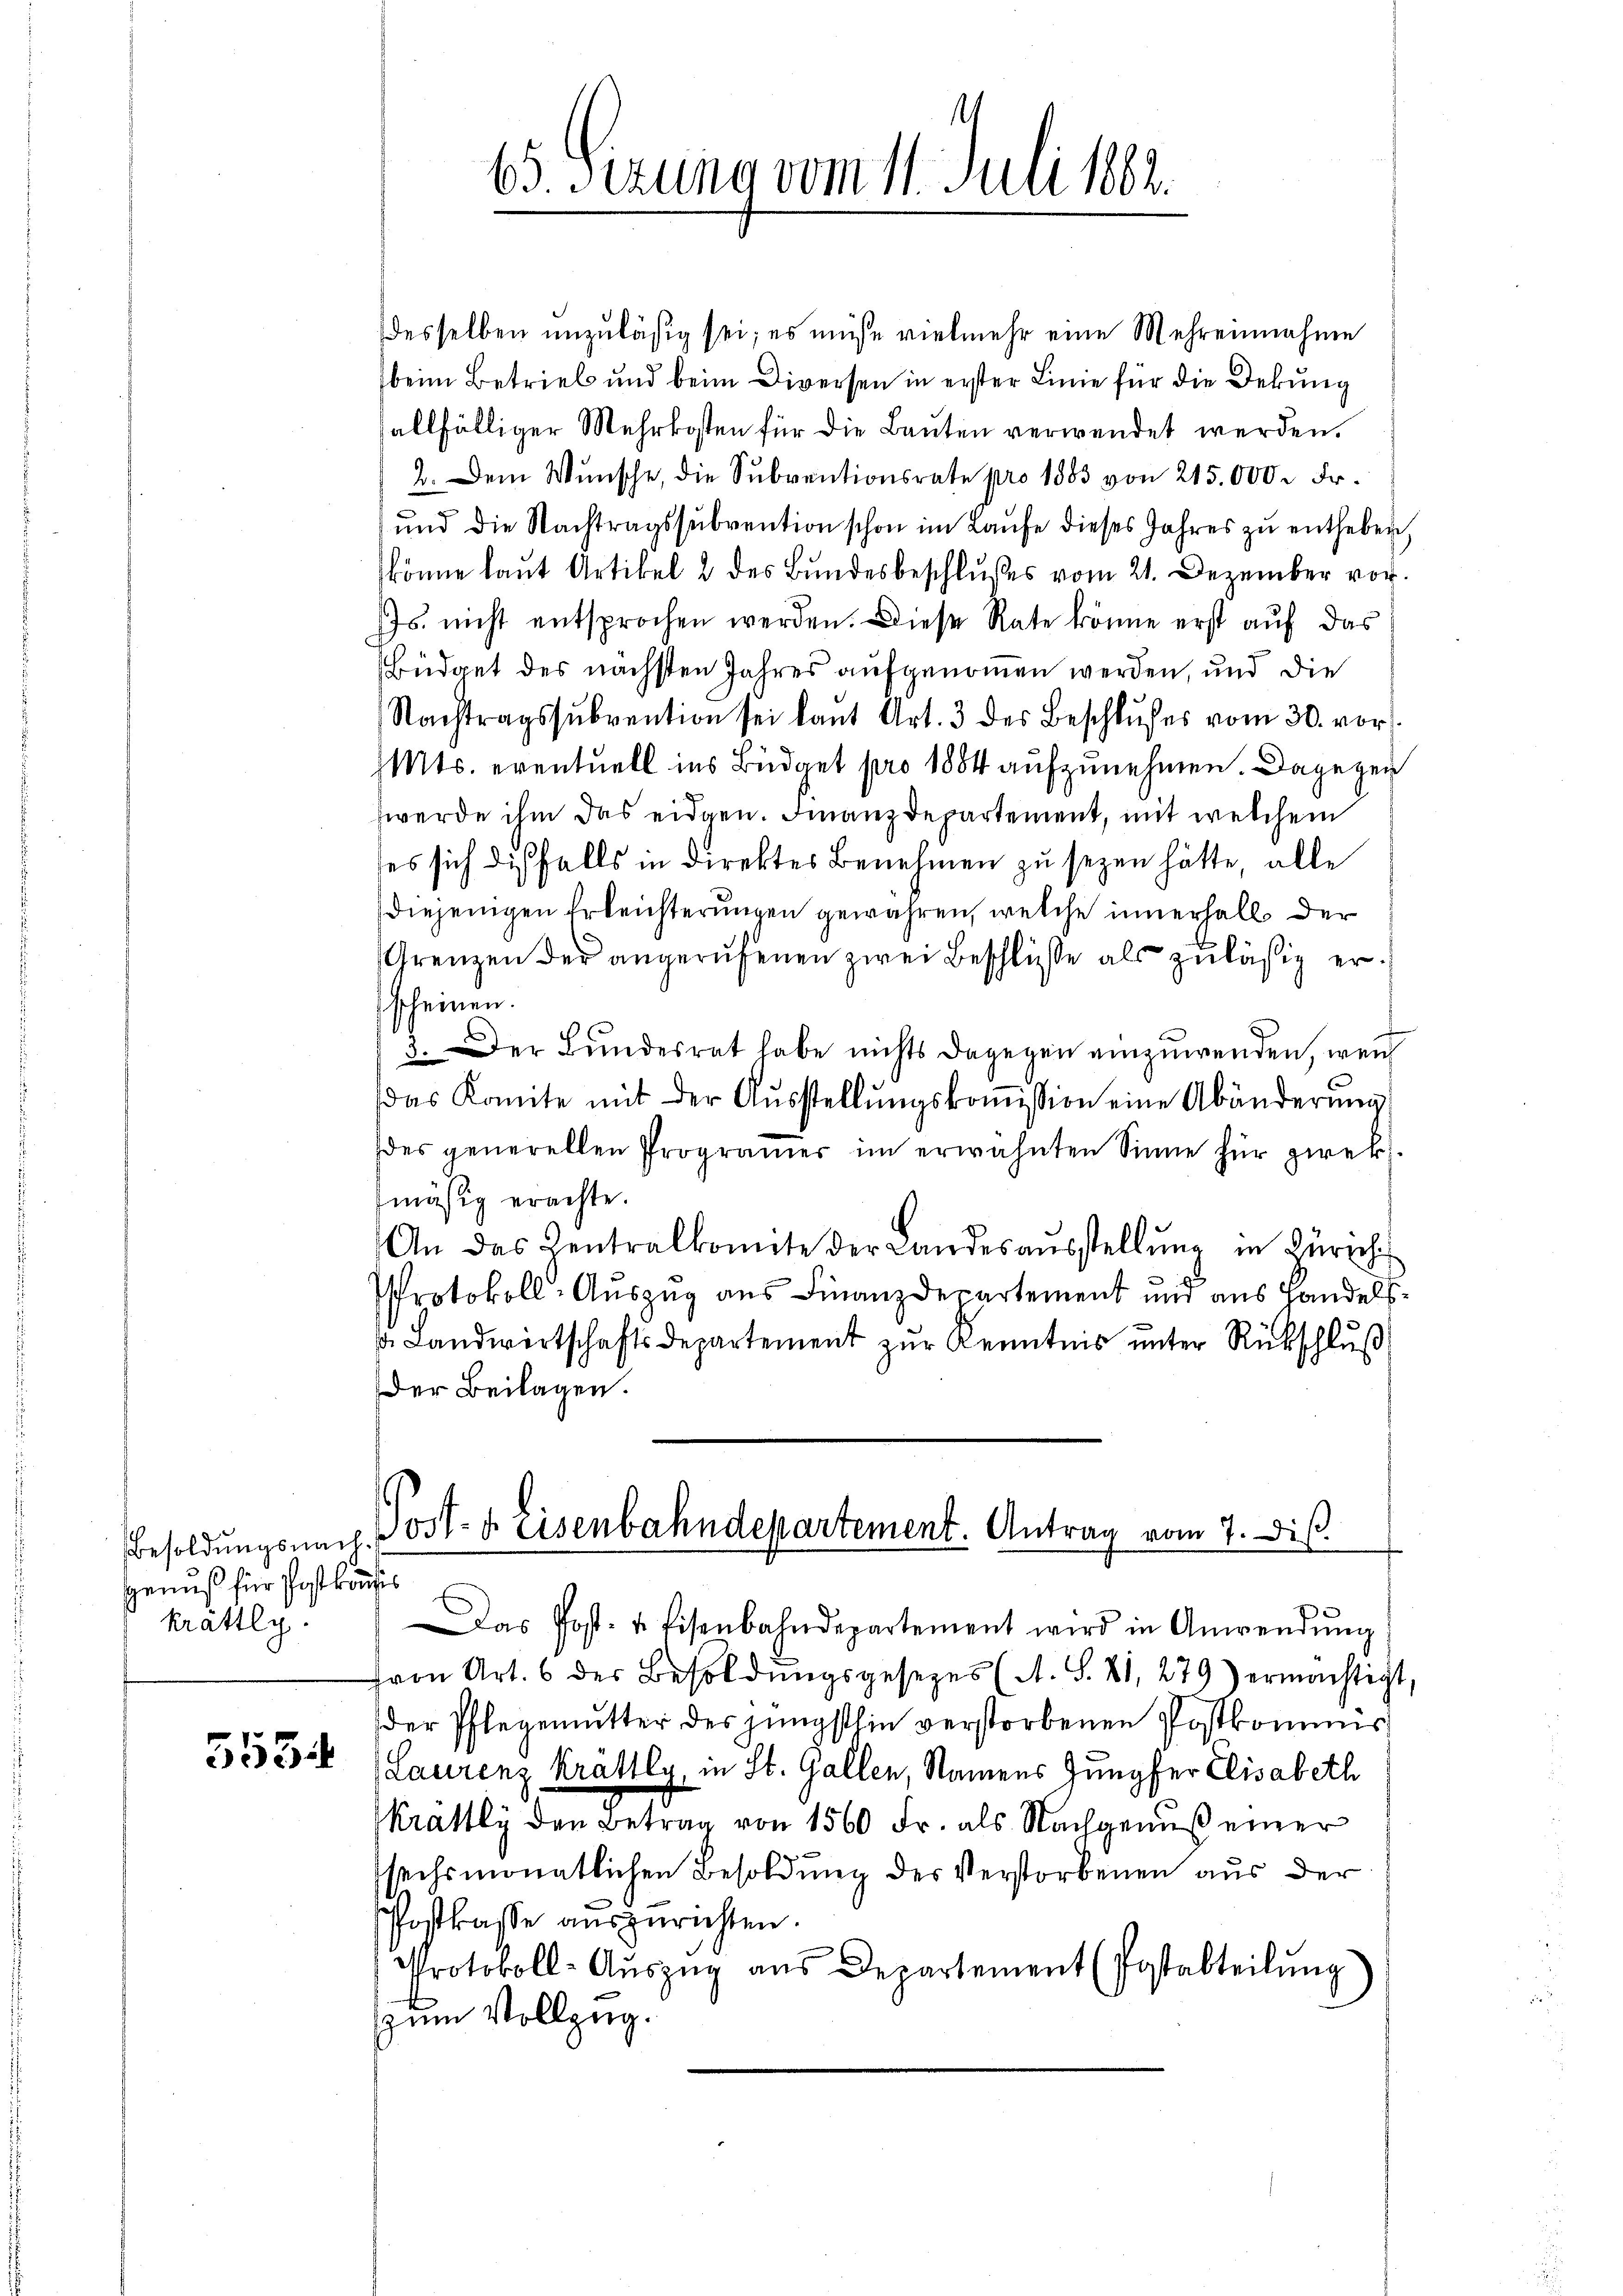
Besoldungsnach¬
Genuß für Post konfis
krattlich.

5534

desselben unzuläßig sei; es müsse vielmehr eine Mehrennahme
beim Betrieb und beim Diversen in erster Linie für die Dekung
allfälliger Mehrkosten für die Bauten verwendet werden.
2. Dem Wunsche, die Sŭbventionsrate pro 1883 von 215.000 Fr.
und die Nachtragssubvention schon im Laufe dieses Jahres zu entheben,
könne laut Artikel & des Bundesbeschlußes vom 21. Dezember vor.
s. nicht entsprochen werden. Diese Rate könne erst auf das
Büdget des nächsten Jahres aufgenommen werden, und die
Nachtragssŭbvention sei laŭt Art. 3 des Beschlŭsses vom 30. vor.
Mts. eventuell ins Büdget pro 1884 aufzunehmen. Dagegen
werde ihm das eidgen. Finanzdepartement, mit welchem
des sich diesfalls in direktes Benehmen zu sezen hätte, alle
diejenigen Erleichterungen gewähren, welche innerhalb der
Grenzen der angerufenen zwei Beschlüsse als zuläßig erscheinen.
3. Der Bundesrat habe nichts dagegen einzuwenden, welch
das Komite mit der Aŭsstellŭngskoṁission eine Abänderŭng
des generellen Programer im erwähnten Sinne für zwek
mäsig erachte.
An das Centralkomite der Landesaŭsstellŭng in Zürich
Protokoll-Auszug aus Finanzdepartement und aus Handelss Landwirtschaftsdepartement zur Kenntnis unter Rückschluß
Der Beilagen.

65. Sizung vom 11. Juli 1882.

Post- u. Eisenbahndepartement. Antrag vom 7. diß

Das Post- & Eisenbahndepartement wird in Anwendŭng
fvon Art. 6 der Besoldŭngsgesezes (A. S. 81, 279) ermächtigt,
der Pflegemutter des jüngsthin verstorbenen Postkommis
Laurenz Krattly, in St. Gallen, Namens Jungfer Elisabeth
Krattly den Betrag von 1560 Fr. als Nachgenuß einer
sechsmonatlichen Besoldung des Verstorbenen aus der
Postkasse auszurichten.
Protokoll-Aŭszŭg ans Departement (Postabteilŭng
zum Vollzug.